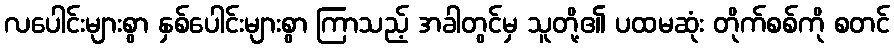
လပေါင်းများစွာ နှစ်ပေါင်းများစွာ ကြာသည့် အခါတွင်မှ သူတို့၏ ပထမဆုံး တိုက်စစ်ကို စတင်